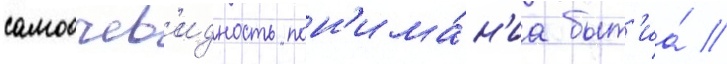
самоочев'идность пон'има́н'иа быт'иа́ //